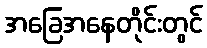
အခြေအနေတိုင်းတွင်